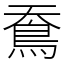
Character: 鴌